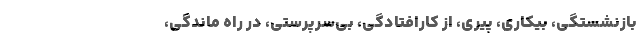
بازنشستگی، بیکاری، پیری، از کارافتادگی، بی‌سرپرستی، در راه ماندگی،